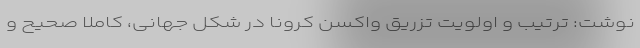
نوشت: ترتیب و اولویت تزریق واکسن کرونا در شکل جهانی، کاملا صحیح و